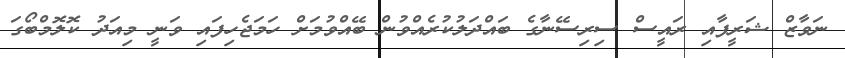
ނަވާޒް ޝަރީފާއި ރައީސް ސިރިސޭނާގެ ބައްދަލުކުރެއްވުން ބޭއްވުމަށް ހަމަޖެހިފައި ވަނީ މިއަދު ކޮލޮމްބޯގަ